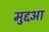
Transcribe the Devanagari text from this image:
मुद्दआ